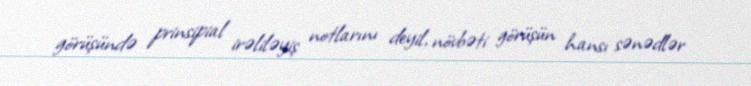
görüşündə prinsipial irəliləyiş notlarını deyil, növbəti görüşün hansı sənədlər